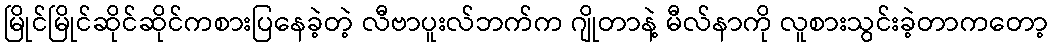
မြိုင်မြိုင်ဆိုင်ဆိုင်ကစားပြနေခဲ့တဲ့ လီဗာပူးလ်ဘက်က ဂျိုတာနဲ့ မီလ်နာကို လူစားသွင်းခဲ့တာကတော့